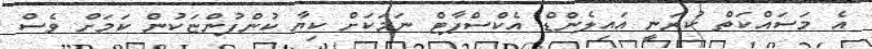
އެ މަސައްކަތް ކުރަނީ އައިލެންޑް އެކްސްޕާޓް ނަމަކަށް ކިޔާ ކުންފުންޏަކުން ކަމަށް ވެސް